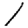
Digit: 1